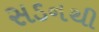
સડનથી